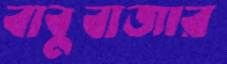
বাবুবাজার